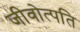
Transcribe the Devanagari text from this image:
जीवोत्पति